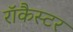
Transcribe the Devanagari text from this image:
रॉकैस्टर